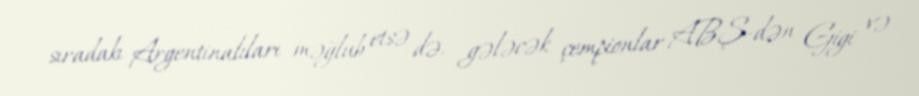
sıradakı Argentinalıları məğlub etsə də, gələcək çempionlar ABŞ-dən Gigi və